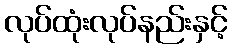
လုပ်ထုံးလုပ်နည်းနှင့်